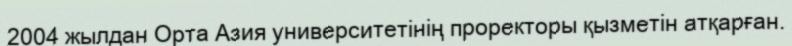
2004 жылдан Орта Азия университетінің проректоры қызметін атқарған.